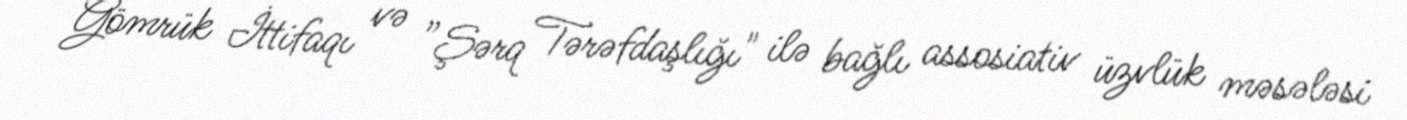
Gömrük İttifaqı və ”Şərq Tərəfdaşlığı" ilə bağlı assosiativ üzvlük məsələsi